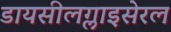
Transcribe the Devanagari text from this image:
डायसीलग्लाइसेरल